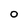
Character: O